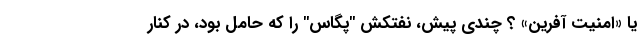
یا «امنیت آفرین» ؟ چندی پیش، نفتکش "پگاس" را که حامل بود، در کنار